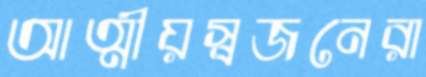
আত্মীয়স্বজনেরা